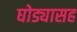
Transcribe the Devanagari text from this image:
घोड्यासह